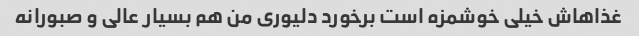
غذاهاش خیلی خوشمزه است برخورد دلیوری من هم بسیار عالی و صبورانه